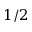
1 / 2